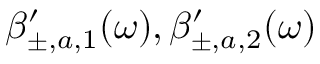
\beta _ { \pm , a , 1 } ^ { \prime } ( \omega ) , \beta _ { \pm , a , 2 } ^ { \prime } ( \omega )